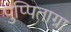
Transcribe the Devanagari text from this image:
पुप्पिताग्रा